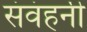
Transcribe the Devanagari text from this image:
संवंहनी